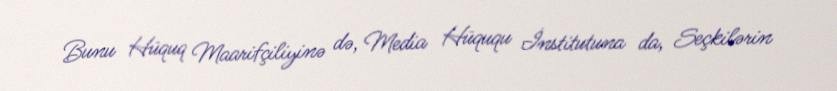
Bunu Hüquq Maarifçiliyinə də, Media Hüququ İnstitutuna da, Seçkilərin